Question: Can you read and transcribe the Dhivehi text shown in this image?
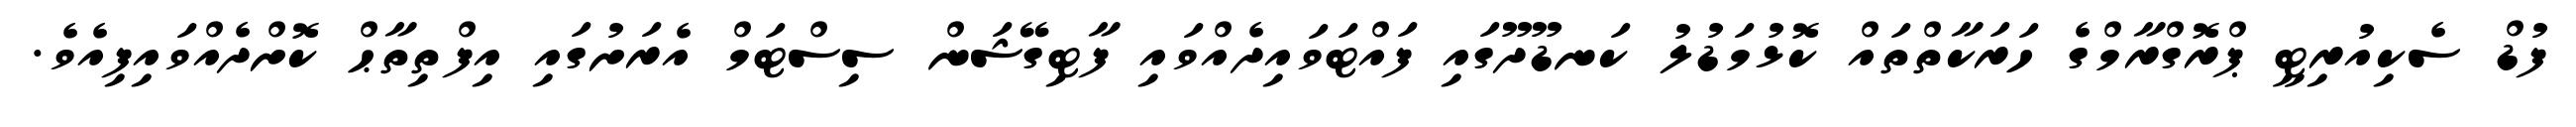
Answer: ފުޑް ސެކިއުރިޓީ ޕްރޮގްރާމްގެ ހަރަކާތްތައް ކޮޅުމަޑުލު ކަނޑޫދޫގައި ފައްޓަވައިދެއްވައި ފާޓިގޭޝަން ސިސްޓަމް އެރަށުގައި އިފްތިތާޙް ކޮށްދެއްވައިފިއެވެ.